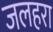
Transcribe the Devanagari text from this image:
जलहरा